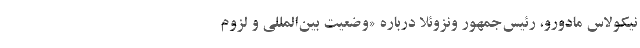
نیکولاس مادورو، رئیس‌جمهور ونزوئلا درباره «وضعیت بین‌المللی و لزوم